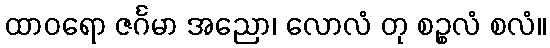
ထာဝရော ဇင်္ဂမာ အညော၊ လောလံ တု စဉ္စလံ စလံ။